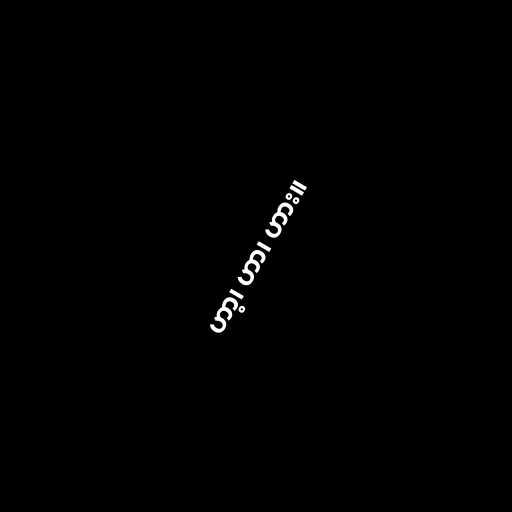
ဟာ့၊ ဟာ၊ ဟား။